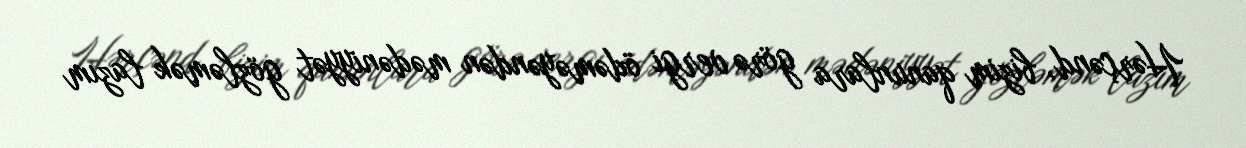
Hərçənd, bizim qanunlara görə vergi ödəməyəndən mədəniyyət gözləmək lazım